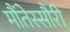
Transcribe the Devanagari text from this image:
मौंतेस्सौरी